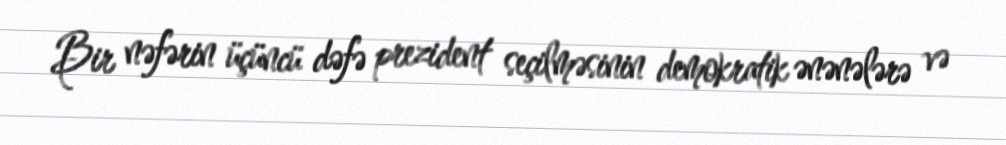
Bir nəfərin üçüncü dəfə prezident seçilməsinin demokratik ənənələrə və